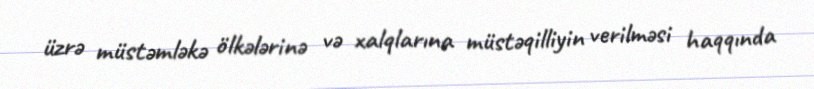
üzrə müstəmləkə ölkələrinə və xalqlarına müstəqilliyin verilməsi haqqında